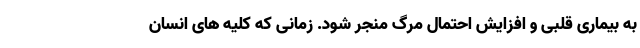
به بیماری قلبی و افزایش احتمال مرگ منجر شود. زمانی که کلیه های انسان